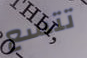
تتسع